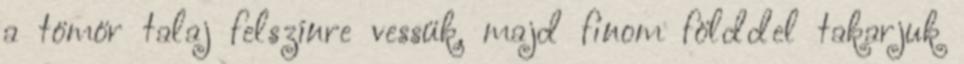
a tömör talaj felszínre vessük, majd finom földdel takarjuk